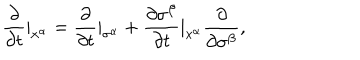
\frac { \partial } { \partial t } | _ { x ^ { \alpha } } = \frac { \partial } { \partial t } | _ { \sigma ^ { \alpha } } + \frac { \partial \sigma ^ { \beta } } { \partial t } | _ { x ^ { \alpha } } \frac { \partial } { \partial \sigma ^ { \beta } } ,